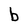
Character: b